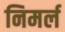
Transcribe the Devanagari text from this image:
निमर्ल